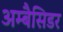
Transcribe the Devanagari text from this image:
अम्बैसिडर